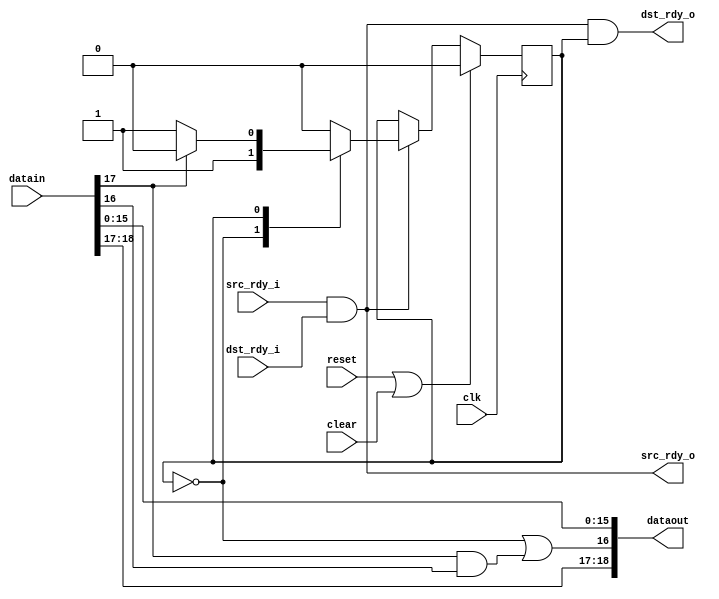
module fifo19_rxrealign
  (input clk, input reset, input clear,
   input [18:0] datain, input src_rdy_i, output dst_rdy_o,
   output [18:0] dataout, output src_rdy_o, input dst_rdy_i);
   
   reg 	rxre_state;
   localparam RXRE_DUMMY  = 0;
   localparam RXRE_PKT 	  = 1;
   
   assign dataout[18] 	  = datain[18];
   assign dataout[17] 	  = datain[17];
   assign dataout[16] 	  = (rxre_state==RXRE_DUMMY) | (datain[17] & datain[16]);  // allows for passing error signal
   assign dataout[15:0] = datain[15:0];
   
   always @(posedge clk)
     if(reset | clear)
       rxre_state <= RXRE_DUMMY;
     else if(src_rdy_i & dst_rdy_i)
       case(rxre_state)
	 RXRE_DUMMY :
	   rxre_state <= RXRE_PKT;
	 RXRE_PKT :
	   if(datain[17])   // if eof or error
	     rxre_state <= RXRE_DUMMY;
       endcase // case (rxre_state)

   assign src_rdy_o 	 = src_rdy_i & dst_rdy_i;   // Send anytime both sides are ready
   assign dst_rdy_o = src_rdy_i & dst_rdy_i & (rxre_state == RXRE_PKT);  // Only consume after the dummy
   
endmodule